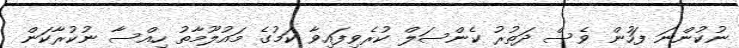
ނުކުންނަ ފަހުން ވެސް ދަތުރު ކެންސަލް ކުރެވިފައިވާ ކަމުގެ މައުލޫމާތު ހިއްސާ ނުކުރާކަން